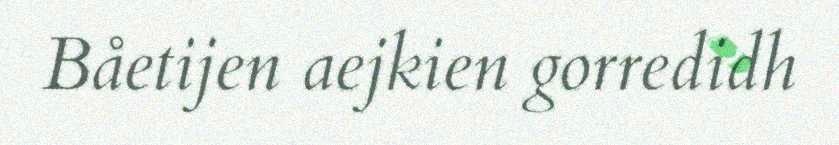
Båetijen aejkien gorredidh